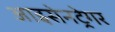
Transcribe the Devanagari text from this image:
आइसेनट्रेगर